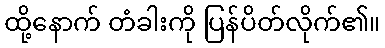
ထို့နောက် တံခါးကို ပြန်ပိတ်လိုက်၏။